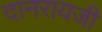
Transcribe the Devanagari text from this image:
दानरायजी